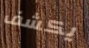
يكشف